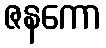
ဇနကော